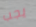
يجب